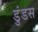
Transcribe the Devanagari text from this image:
डुंडस